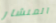
المنشار